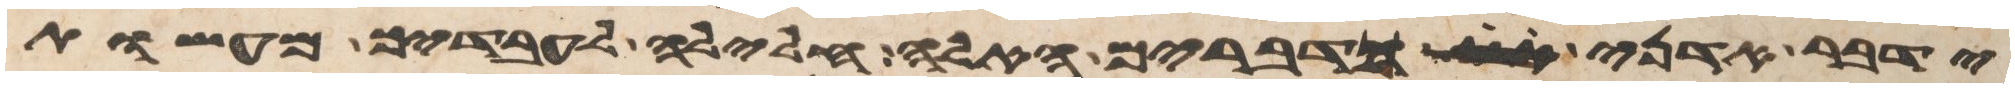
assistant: ידבר אדני כדברים האלה חלילה לעבדיך מעשות